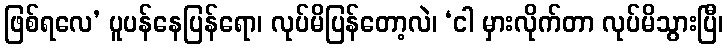
ဖြစ်ရလေ’ ပူပန်နေပြန်ရော၊ လုပ်မိပြန်တော့လဲ၊ ‘ငါ မှားလိုက်တာ လုပ်မိသွားပြီ၊